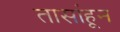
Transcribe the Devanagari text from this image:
तासांहून